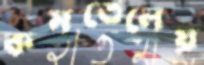
কমতেলেয়